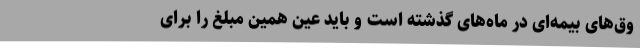
وق‌های بیمه‌ای در ماه‌های گذشته است و باید عین همین مبلغ را برای